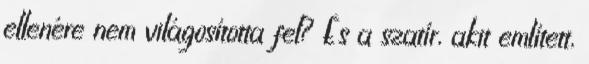
ellenére nem világosította fel? És a szatír, akit említett,